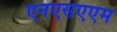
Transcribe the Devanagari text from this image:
एनएसएएम